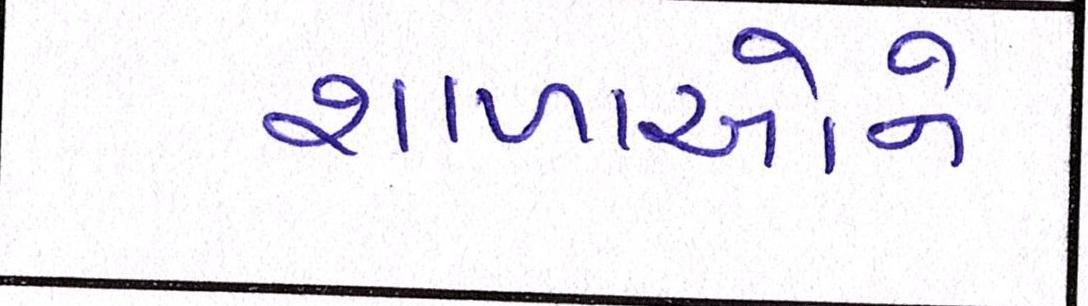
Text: શાળાઓને